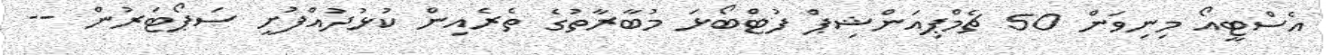
އެސްޓީއޯ މިނިވަން 50 ޗެމްޕިއަންޝިޕް ފުޓްބޯޅަ މުބާރާތުގެ ތެރެއިން ކުޅުދުއްފުށީ ސަޕޯޓަރުން --